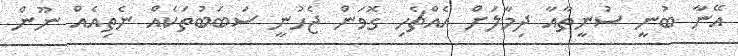
އޭނާ ބުނީ ސުނީތާއާ ދިމާލަށް އެއްޗެހި ގޮވަން ޖެހުނީ ސަބަބުތަކެއް ނެތިއެއް ނޫން